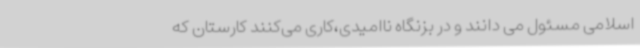
اسلامی مسئول می دانند و در بزنگاه ناامیدی،کاری می‌کنند کارستان که